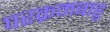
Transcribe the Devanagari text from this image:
परक्रमबाहु